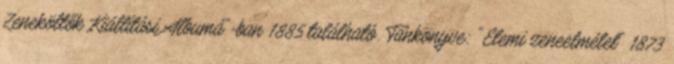
Zeneköltők Kiállítási Albumá"-ban 1885 található. Tankönyve: "Elemi zeneelmélet" 1873